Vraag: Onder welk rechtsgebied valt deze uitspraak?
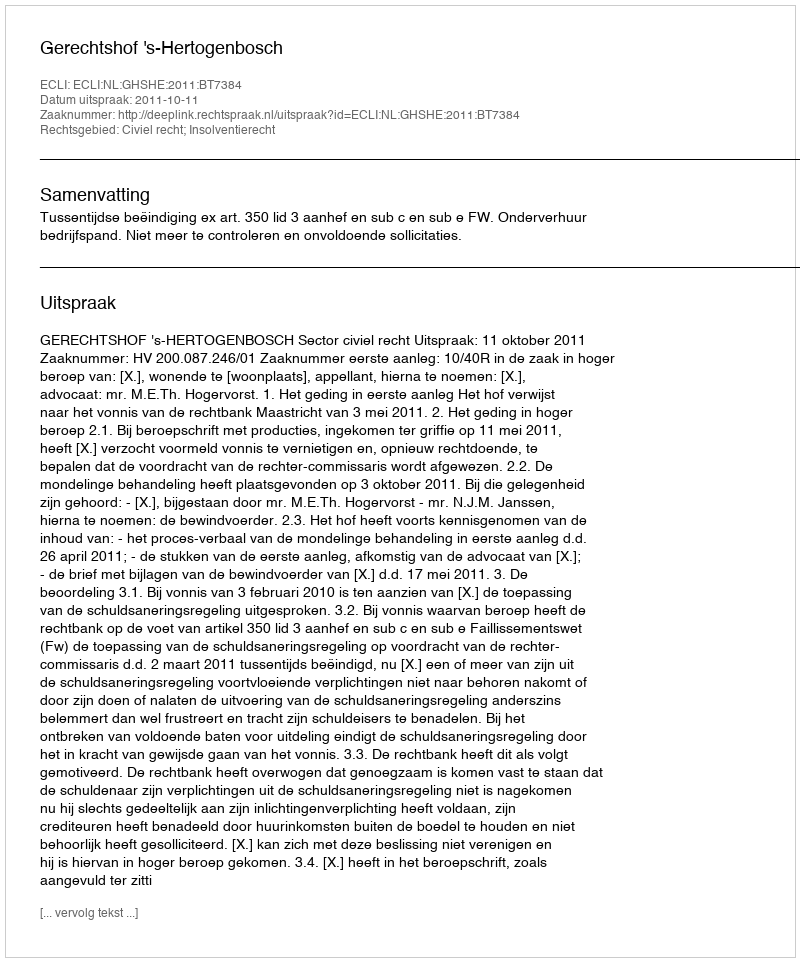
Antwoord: Civiel recht; Insolventierecht